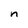
Character: n